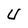
Character: U